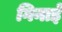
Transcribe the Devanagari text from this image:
गिनाईं